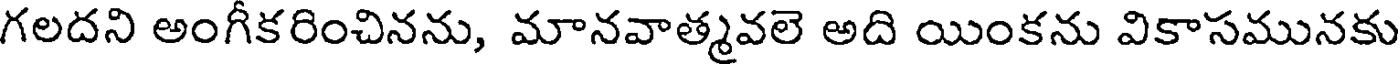
గలదని అంగీకరించినను, మానవాత్మవలె అది యింకను వికాసమునకు